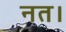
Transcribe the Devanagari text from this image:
नत।